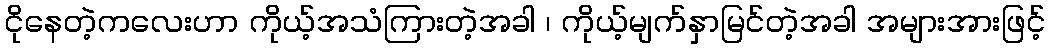
ငိုနေတဲ့ကလေးဟာ ကိုယ့်အသံကြားတဲ့အခါ ၊ ကိုယ့်မျက်နှာမြင်တဲ့အခါ အများအားဖြင့်